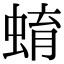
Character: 蜟